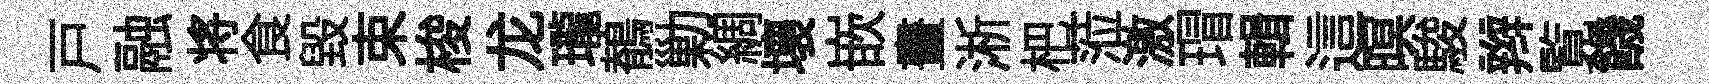
戸融将食毀束梭龙瓏鶺勦綢壞嵌畫淅杷蒞激瑁輯這暝駿辫覧饑